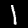
Label: 1